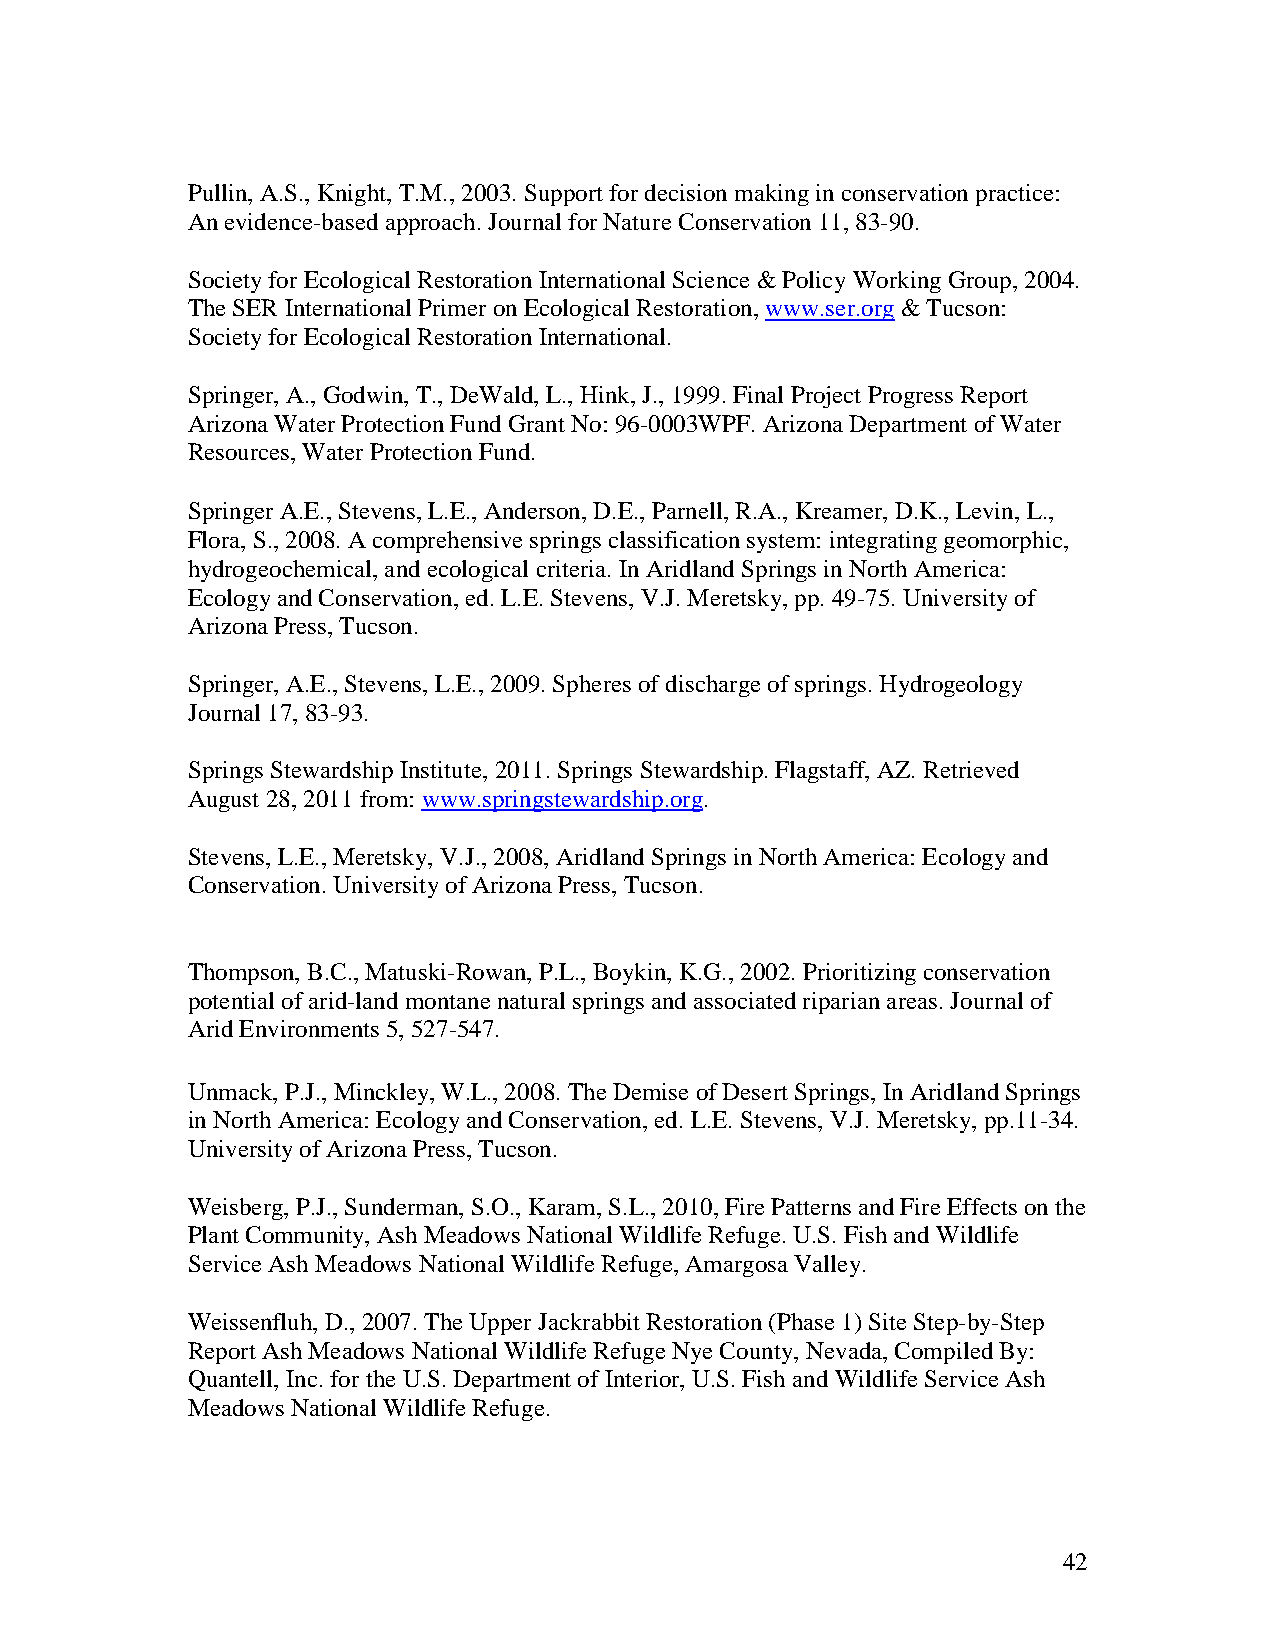
Pullin, A.S., Knight, T.M., 2003. Support for decision making in conservation practice:
 An evidence-based approach. Journal for Nature Conservation 11, 83-90.
 Society for Ecological Restoration International Science & Policy Working Group, 2004.
 The SER International Primer on Ecological Restoration, www.ser.org & Tucson:
 Society for Ecological Restoration International.
 Springer, A., Godwin, T., DeWald, L., Hink, J., 1999. Final Project Progress Report
 Arizona Water Protection Fund Grant No: 96-0003WPF. Arizona Department of Water
 Resources, Water Protection Fund.
 Springer A.E., Stevens, L.E., Anderson, D.E., Parnell, R.A., Kreamer, D.K., Levin, L.,
 Flora, S., 2008. A comprehensive springs classification system: integrating geomorphic,
 hydrogeochemical, and ecological criteria. In Aridland Springs in North America:
 Ecology and Conservation, ed. L.E. Stevens, V.J. Meretsky, pp. 49-75. University of
 Arizona Press, Tucson.
 Springer, A.E., Stevens, L.E., 2009. Spheres of discharge of springs. Hydrogeology
 Journal 17, 83-93.
 Springs Stewardship Institute, 2011. Springs Stewardship. Flagstaff, AZ. Retrieved
 August 28, 2011 from: www.springstewardship.org.
 Stevens, L.E., Meretsky, V.J., 2008, Aridland Springs in North America: Ecology and
 Conservation. University of Arizona Press, Tucson.
 Thompson, B.C., Matuski-Rowan, P.L., Boykin, K.G., 2002. Prioritizing conservation
 potential of arid-land montane natural springs and associated riparian areas. Journal of
 Arid Environments 5, 527-547.
 Unmack, P.J., Minckley, W.L., 2008. The Demise of Desert Springs, In Aridland Springs
 in North America: Ecology and Conservation, ed. L.E. Stevens, V.J. Meretsky, pp.11-34.
 University of Arizona Press, Tucson.
 Weisberg, P.J., Sunderman, S.O., Karam, S.L., 2010, Fire Patterns and Fire Effects on the
 Plant Community, Ash Meadows National Wildlife Refuge. U.S. Fish and Wildlife
 Service Ash Meadows National Wildlife Refuge, Amargosa Valley.
 Weissenfluh, D., 2007. The Upper Jackrabbit Restoration (Phase 1) Site Step-by-Step
 Report Ash Meadows National Wildlife Refuge Nye County, Nevada, Compiled By:
 Quantell, Inc. for the U.S. Department of Interior, U.S. Fish and Wildlife Service Ash
 Meadows National Wildlife Refuge.
 42